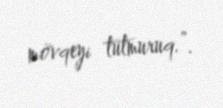
mövqeyi tutmuruq.”.